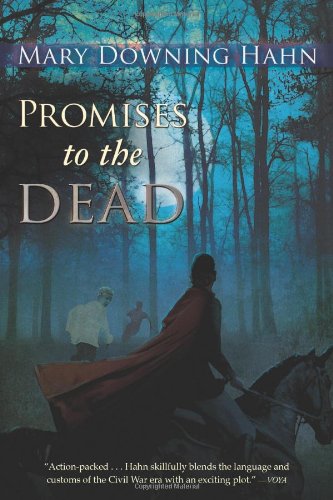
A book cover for Promises to the Dead; Mary Downing Hahn; Teen & Young Adult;